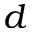
d